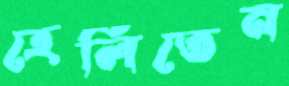
হেলিতেন